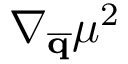
\nabla _ { \mathbf { \overline { { q } } } } \mu ^ { 2 }